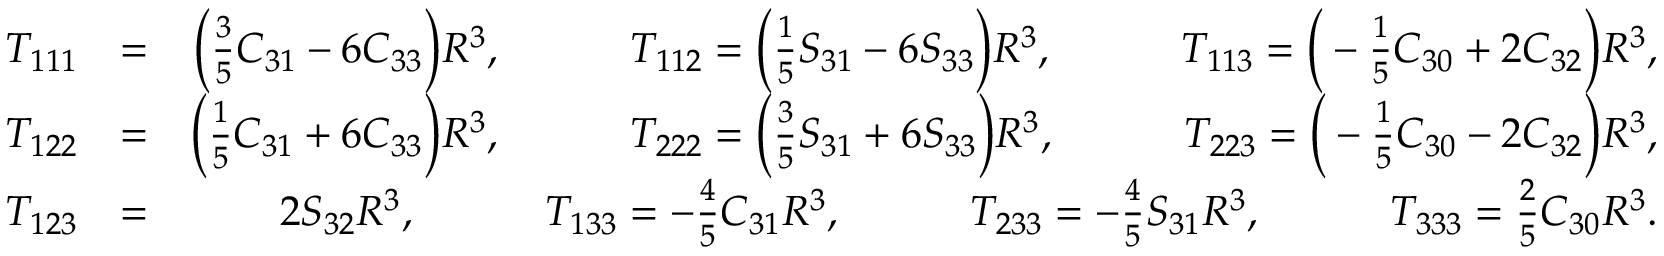
\begin{array} { r l r } { { \cal T } _ { 1 1 1 } } & { = } & { \Big ( { \textstyle \frac { 3 } { 5 } } C _ { 3 1 } - 6 C _ { 3 3 } \Big ) R ^ { 3 } , \qquad \quad { \cal T } _ { 1 1 2 } = \Big ( { \textstyle \frac { 1 } { 5 } } S _ { 3 1 } - 6 S _ { 3 3 } \Big ) R ^ { 3 } , \qquad \quad { \cal T } _ { 1 1 3 } = \Big ( - { \textstyle \frac { 1 } { 5 } } C _ { 3 0 } + 2 C _ { 3 2 } \Big ) R ^ { 3 } , } \\ { { \cal T } _ { 1 2 2 } } & { = } & { \Big ( { \textstyle \frac { 1 } { 5 } } C _ { 3 1 } + 6 C _ { 3 3 } \Big ) R ^ { 3 } , \qquad \quad { \cal T } _ { 2 2 2 } = \Big ( { \textstyle \frac { 3 } { 5 } } S _ { 3 1 } + 6 S _ { 3 3 } \Big ) R ^ { 3 } , \qquad \quad { \cal T } _ { 2 2 3 } = \Big ( - { \textstyle \frac { 1 } { 5 } } C _ { 3 0 } - 2 C _ { 3 2 } \Big ) R ^ { 3 } , } \\ { { \cal T } _ { 1 2 3 } } & { = } & { 2 S _ { 3 2 } R ^ { 3 } , \qquad \quad { \cal T } _ { 1 3 3 } = - { \textstyle \frac { 4 } { 5 } } C _ { 3 1 } R ^ { 3 } , \qquad \quad { \cal T } _ { 2 3 3 } = - { \textstyle \frac { 4 } { 5 } } S _ { 3 1 } R ^ { 3 } , \qquad \quad { \cal T } _ { 3 3 3 } = { \textstyle \frac { 2 } { 5 } } C _ { 3 0 } R ^ { 3 } . } \end{array}